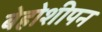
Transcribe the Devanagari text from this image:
बेहोशीपन